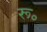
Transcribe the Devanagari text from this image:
रू॰